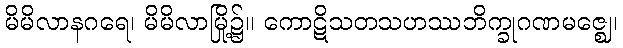
မိမိလာနဂရေ၊ မိမိလာမြို့၌။ ကောဋိသတသဟဿဘိက္ခုဂဏမဇ္ဈေ၊